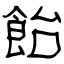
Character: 飴